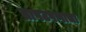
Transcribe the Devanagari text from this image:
तापटपणाचा